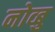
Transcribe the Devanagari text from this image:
नोव्बु